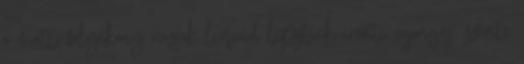
a matt, folyékony rúzsok liquid lipstick iránti rajongás, szinte